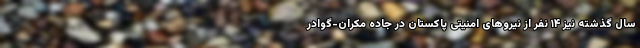
سال گذشته نیز ۱۴ نفر از نیروهای امنیتی پاکستان در جاده مکران-گوادر